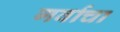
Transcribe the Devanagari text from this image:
गर्वाचा